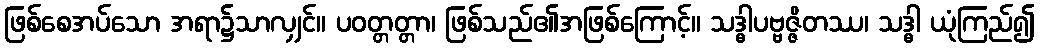
ဖြစ်စေအပ်သော အရာ၌သာလျှင်။ ပဝတ္တတ္တာ၊ ဖြစ်သည်၏အဖြစ်ကြောင့်။ သဒ္ဓါပဗ္ဗဇ္ဇိတဿ၊ သဒ္ဓါ ယုံကြည်၍